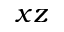
x z